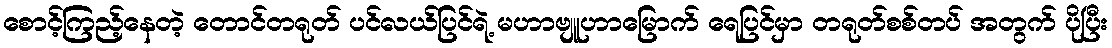
စောင့်ကြည့်နေတဲ့ တောင်တရုတ် ပင်လယ်ပြင်ရဲ့ မဟာဗျူဟာမြောက် ရေပြင်မှာ တရုတ်စစ်တပ် အတွက် ပိုပြီး